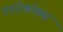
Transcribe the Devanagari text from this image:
एंटरोकॉकस